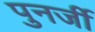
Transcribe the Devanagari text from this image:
पुनर्जी